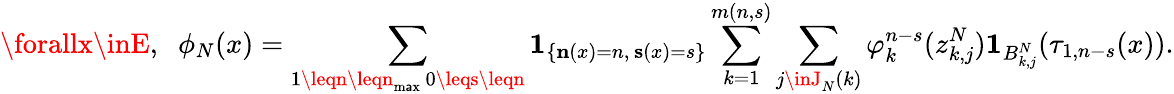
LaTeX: \forallx\inE,\; \; \phi_{N}(x)=\sum_{\substack{1\leqn\leqn_{\operatorname*{m\mathsf{a}x}}\, 0\leqs\leqn}}\mathbf{{1}}_{\left\{ \mathbf{{n}}(x)=n,\, \mathbf{{s}}(x)=s\right\} }\sum_{k=1}^{m(n,s)}\sum_{j\inJ_{N}(k)}\varphi_{k}^{n-s}(z_{k,j}^{N})\mathbf{{1}}_{B_{k,j}^{N}}(\tau_{1,n-s}(x)).